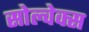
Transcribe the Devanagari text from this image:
सोल्वेक्स